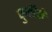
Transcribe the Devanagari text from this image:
फुतीकें